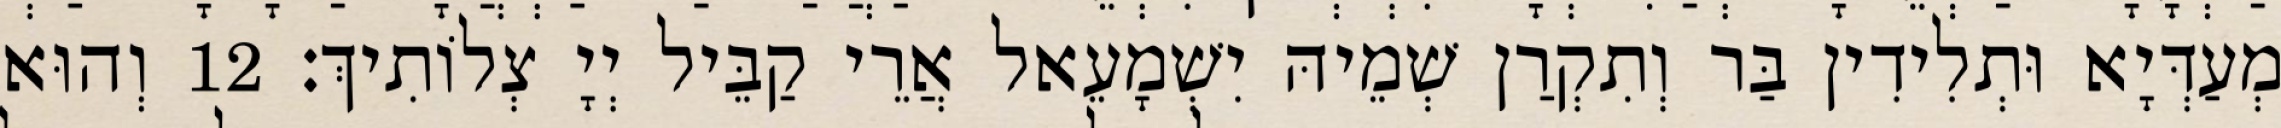
מְעַדְּיָא וּתְלִידִין בַּר וְתִקְרַן שְׁמֵיהּ יִשְׁמָעֵאל אֲרֵי קַבֵּיל יְיָ צְלוֹתִיךְ׃ 12 וְהוּא